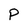
Character: P